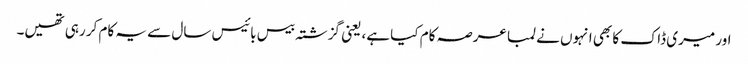
اور میری ڈاک کا بھی انہوں نے لمبا عرصہ کام کیا ہے، یعنی گزشتہ بیس بائیس سال سے یہ کام کر رہی تھیں۔